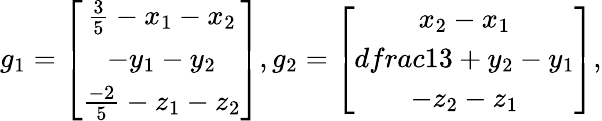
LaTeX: g_{1}=\left[\begin{array}{ccc}{\frac{3}{5}-x_{1}-x_{2}}\\ {-y_{1}-y_{2}}\\ {\frac{-2}{5}-z_{1}-z_{2}}\end{array}\right],g_{2}=\left[\begin{array}{ccc}{x_{2}-x_{1}}\\ {dfrac{1}{3}+y_{2}-y_{1}}\\ {-z_{2}-z_{1}}\end{array}\right],